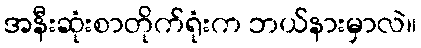
အနီးဆုံးစာတိုက်ရုံးက ဘယ်နားမှာလဲ။